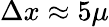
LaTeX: \Delta x\approx 5\mu